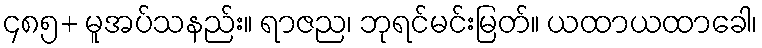
၄၈၅+ မူအပ်သနည်း။ ရာဇည၊ ဘုရင်မင်းမြတ်။ ယထာယထာခေါ၊